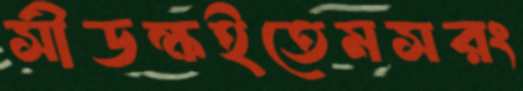
সীডক্ষইতেমসরং